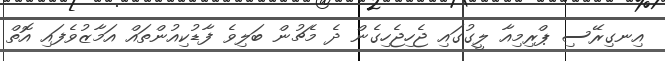
އިނގިރޭސި ޕްރިމިއާ ލީގުގައި ޖެހިޖެހިގެން ދެ މެޗުން ބަލިވެ ފާޑުކިއުންތައް އަމާޒުވެފައި އޮތް